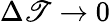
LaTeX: \Delta\mathscr{T}\to0